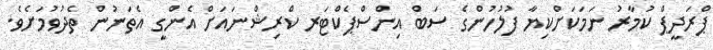
ޕްރަދީޕް ކުމާރު ނަމަކަށްކިޔާ ފުލުހުންގެ ސަބް އިންސްޕެކްޓަރ ކްރިޝްނައަށް އެންގީ އެތަނުން ތެދުވުމަށެވެ.